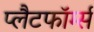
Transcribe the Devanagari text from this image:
प्लैटफॉर्म्स